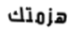
هزمتك